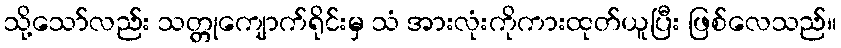
သို့သော်လည်း သတ္တုကျောက်ရိုင်းမှ သံ အားလုံးကိုကားထုတ်ယူပြီး ဖြစ်လေသည်။